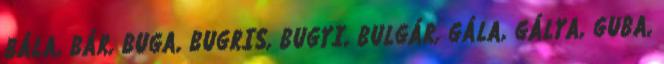
BÁLA, BÁR, BUGA, BUGRIS, BUGYI, BULGÁR, GÁLA, GÁLYA, GUBA,